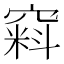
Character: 窲